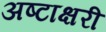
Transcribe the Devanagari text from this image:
अष्टाक्षरी